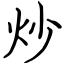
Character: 炒